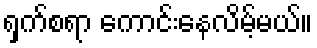
ရှက်စရာ ကောင်းနေလိမ့်မယ်။